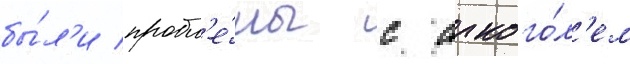
бы́л'и пробл'е́мы с алкого́л'ем